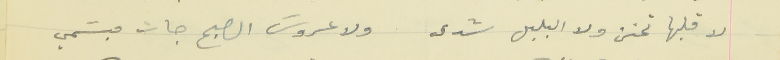
لا قلبها تحنن ولا البلبل شدى                    ولا عروسَ الصبح جات مبسَمي